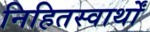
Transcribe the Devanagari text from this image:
निहितस्वार्थों